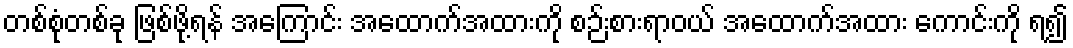
တစ်စုံတစ်ခု ဖြစ်ဖို့ရန် အကြောင်း အထောက်အထားကို စဉ်းစားရာဝယ် အထောက်အထား ကောင်းကို ရ၍